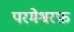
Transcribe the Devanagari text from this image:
परमेश्वरफ़